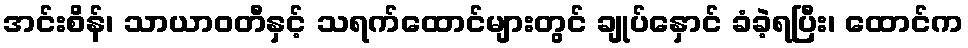
အင်းစိန်၊ သာယာဝတီနှင့် သရက်ထောင်များတွင် ချုပ်နှောင် ခံခဲ့ရပြီး၊ ထောင်က